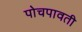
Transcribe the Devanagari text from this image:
पोचपावती